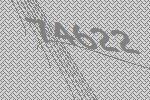
74622